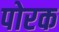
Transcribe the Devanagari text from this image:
पोरक